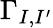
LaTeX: \Gamma_{I,I^{\prime}}